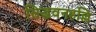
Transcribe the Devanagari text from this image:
सिद्धवनहल्लि